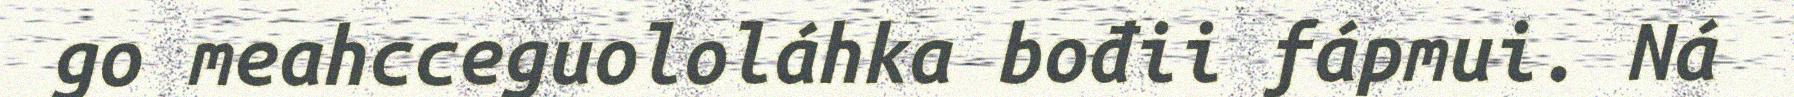
go meahcceguololáhka bođii fápmui. Ná